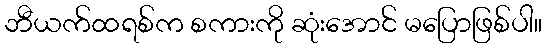
ဘီယက်ထရစ်က စကားကို ဆုံးအောင် မပြောဖြစ်ပါ။